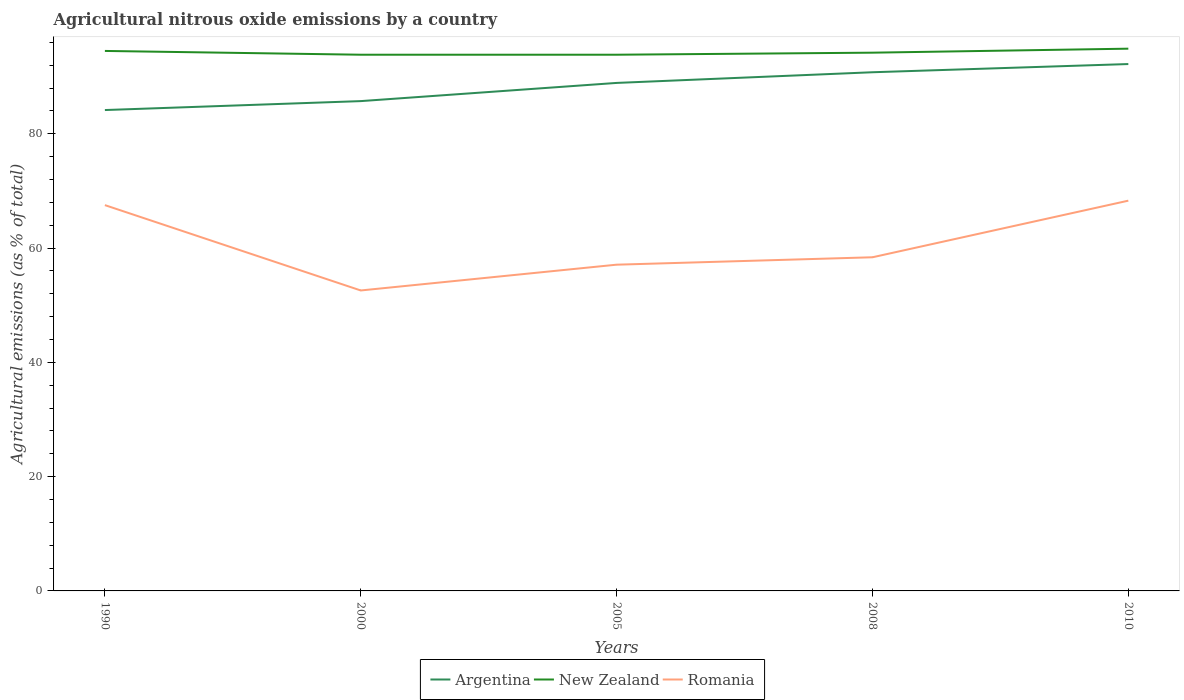
| Years | Argentina | New Zealand | Romania |
 | --- | --- | --- | --- |
 | 1990 | 84.2 | 94.5 | 67.5 |
 | 2000 | 85.7 | 93.8 | 52.6 |
 | 2005 | 88.9 | 93.8 | 57.1 |
 | 2008 | 90.8 | 94.2 | 58.4 |
 | 2010 | 92.2 | 94.9 | 68.3 |